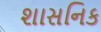
શાસનિક